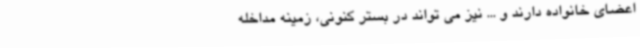
اعضای خانواده دارند و ... نیز می تواند در بستر کنونی، زمینه مداخله